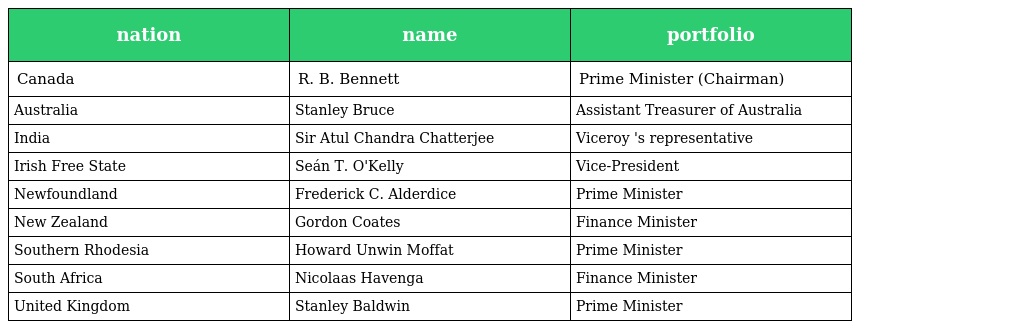
| nation | name | portfolio |
 | --- | --- | --- |
 | Canada | R. B. Bennett | Prime Minister (Chairman) |
 | Australia | Stanley Bruce | Assistant Treasurer of Australia |
 | India | Sir Atul Chandra Chatterjee | Viceroy 's representative |
 | Irish Free State | Seán T. O'Kelly | Vice-President |
 | Newfoundland | Frederick C. Alderdice | Prime Minister |
 | New Zealand | Gordon Coates | Finance Minister |
 | Southern Rhodesia | Howard Unwin Moffat | Prime Minister |
 | South Africa | Nicolaas Havenga | Finance Minister |
 | United Kingdom | Stanley Baldwin | Prime Minister |